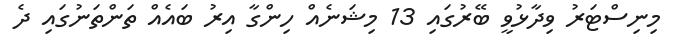
މިނިސްޓަރު ވިދާޅުވީ ބޭރުގައި 13 މިޝަނެއް ހިންގާ އިރު ބައެއް ތަންތަނުގައި ދެ